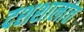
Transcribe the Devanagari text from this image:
दशशालांत